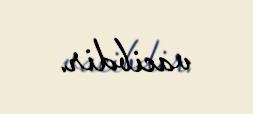
vacibdir.